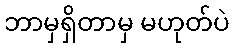
ဘာမှရှိတာမှ မဟုတ်ပဲ